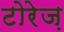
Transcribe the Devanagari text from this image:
टोरेज़